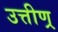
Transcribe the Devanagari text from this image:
उत्तीण्र